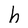
Character: h